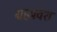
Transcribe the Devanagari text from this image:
ग्रहप्रवेश